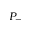
P _ { - }